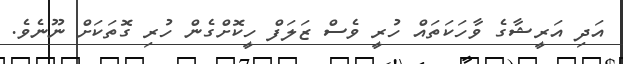
އަދި އަރީޝާގެ ވާހަކަތައް ހުރީ ވެސް ޒަލަފް ހީކޮށްގެން ހުރި ގޮތަކަށް ނޫނެވެ.